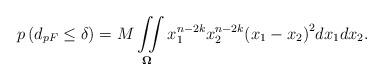
LaTeX: \begin{align*}p\left( {{d_{pF}} \leq \delta } \right) = M\iint\limits_{\mathbf{\Omega }} {x_1^{n - 2k}x_2^{n - 2k}{{\left( {{x_1} - {x_2}} \right)}^2}d{x_1}d{x_2}}.\end{align*}